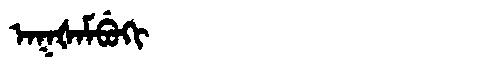
Manchu: ᠠᡴᡧᠠᠮᠪᡠᡴᡳ
Romanization: AKŠAMBUKI